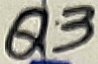
Text: Q3